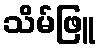
သိမ်ဖြူ